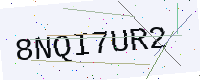
Text: 8NQI7UR2